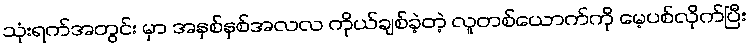
သုံးရက်အတွင်း မှာ အနှစ်နှစ်အလလ ကိုယ်ချစ်ခဲ့တဲ့ လူတစ်ယောက်ကို မေ့ပစ်လိုက်ပြီး